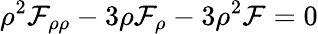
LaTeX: \rho^{2}\mathcal{F}_{\rho\rho}-3\rho\mathcal{F}_{\rho}-3\rho^{2}\mathcal{F}=0